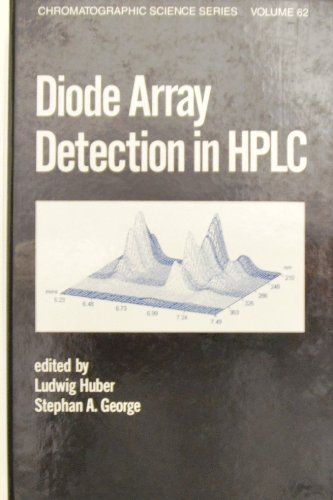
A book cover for Diode Array Detection in HPLC (Chromatographic Science Series); Science & Math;